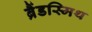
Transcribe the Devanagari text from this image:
ब्रैंडस्मिथ